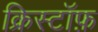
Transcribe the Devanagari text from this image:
क्रिस्टॉफ़